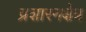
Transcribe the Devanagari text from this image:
प्रशारनक्षेत्र